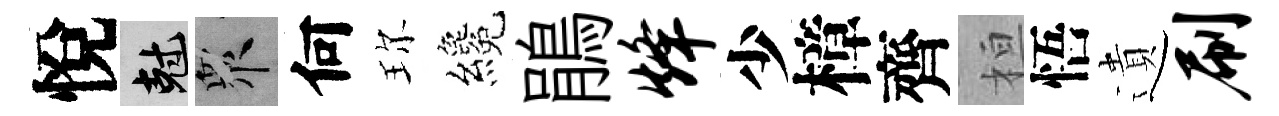
悅剋衆何珎纔鵑烽少樟齊桓悟遺刷